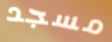
مسجد